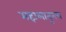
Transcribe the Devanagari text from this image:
महालातूनच